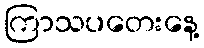
ကြာသပတေးနေ့